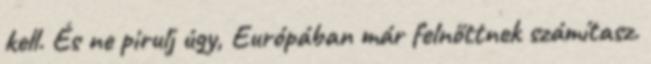
kell. És ne pirulj úgy, Európában már felnőttnek számítasz.